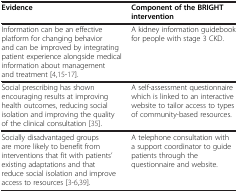
<table><thead><tr><td><b>Evidence</b></td><td><b>Component of the BRIGHT intervention</b></td></tr></thead><tbody><tr><td>Information can be an effective platform for changing behavior and can be improved by integrating patient experience alongside medical information about management and treatment [4,15-17].</td><td>A kidney information guidebook for people with stage 3 CKD.</td></tr><tr><td>Social prescribing has shown encouraging results at improving health outcomes, reducing social isolation and improving the quality of the clinical consultation [35].</td><td>A self-assessment questionnaire which is linked to an interactive website to tailor access to types of community-based resources.</td></tr><tr><td>Socially disadvantaged groups are more likely to benefit from interventions that fit with patients’ existing adaptations and that reduce social isolation and improve access to resources [3-6,39].</td><td>A telephone consultation with a support coordinator to guide patients through the questionnaire and website.</td></tr></tbody></table>